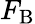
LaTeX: F_{\mathrm{B}}